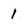
Character: 1